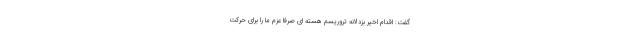
گفت: اقدام اخیر بزدلانه تروریسم هسته ای صرفاً عزم ما را برای حرکت